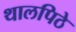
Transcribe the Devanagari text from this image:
थालपिठे